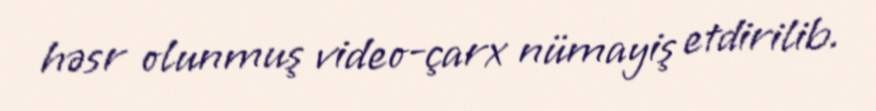
həsr olunmuş video-çarx nümayiş etdirilib.